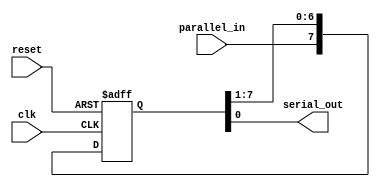
module piso_shift_register (
    input wire clk,
    input wire reset,
    input wire parallel_in,
    output reg serial_out
);

reg [7:0] register;

always @(posedge clk or posedge reset) begin
    if (reset) begin
        register <= 8'b0;
    end else begin
        register <= {parallel_in, register[7:1]};
    end
end

assign serial_out = register[0];

endmodule